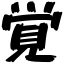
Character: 覚